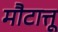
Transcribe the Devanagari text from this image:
मौटात्तू